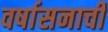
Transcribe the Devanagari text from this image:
वर्षासनाची